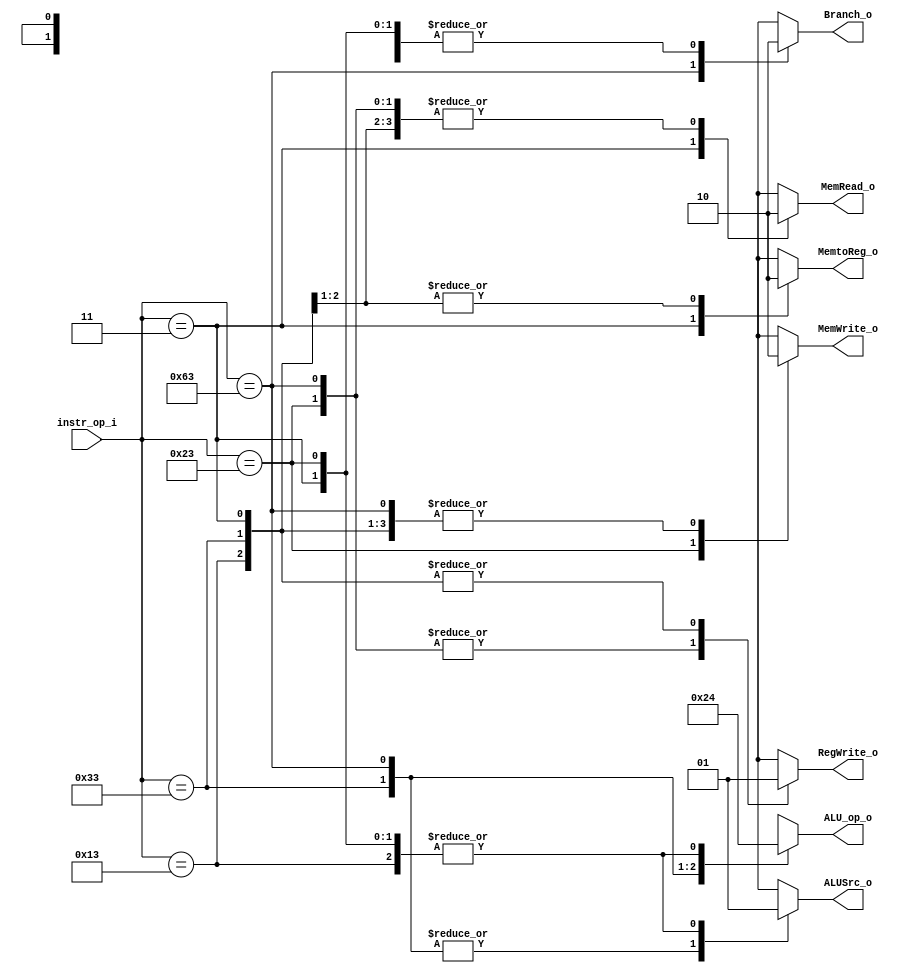
//--------------------------------------------------------------------------------
//Version:     1
//--------------------------------------------------------------------------------
//Writer:      Tzu-teng Weng
//----------------------------------------------
//Date:        
//----------------------------------------------
//Description: Decoder is the "control" in the figure; more information can be seen in textbook chapter 4
//--------------------------------------------------------------------------------

module Decoder(
    instr_op_i,
	RegWrite_o,
	ALU_op_o,
	ALUSrc_o,
	Branch_o,
	MemRead_o,
	MemWrite_o,
	MemtoReg_o
	);
     
//I/O ports
input	[7-1:0]	instr_op_i;
//1 input
output			RegWrite_o;
output	[2-1:0]	ALU_op_o;
output			ALUSrc_o;
output			Branch_o;
output			MemRead_o;
output			MemWrite_o;
output			MemtoReg_o;
//7 outputs 
//Internal Signals
reg	[2-1:0]		ALU_op_o;
reg				ALUSrc_o;
reg				RegWrite_o;
reg				Branch_o;
reg				MemRead_o;
reg				MemWrite_o;
reg				MemtoReg_o;

//Parameter


//Main function
always@(*) begin
    case(instr_op_i)
      7'b0110011:begin  //R-format
      RegWrite_o=1;
      ALU_op_o= 2'b10;
      ALUSrc_o=0;
      Branch_o=0; 
      MemRead_o=0;
      MemWrite_o=0;
      MemtoReg_o=0;
      end
      7'b0000011:begin  //ld
      RegWrite_o=1;
      ALU_op_o= 2'b00;
      ALUSrc_o=1;
      Branch_o=0; 
      MemRead_o=1;
      MemWrite_o=0;
      MemtoReg_o=1;
      end
      7'b0100011:begin  //sd
      RegWrite_o=0;
      ALU_op_o= 2'b00;
      ALUSrc_o=1;
      Branch_o=0; 
      MemRead_o=0;
      MemWrite_o=1;
      MemtoReg_o=1'bx;  //dontcare
      end
      7'b1100011:begin  //beq
      RegWrite_o=0;
      ALU_op_o= 2'b01;
      ALUSrc_o=0;
      Branch_o=1; 
      MemRead_o=0;
      MemWrite_o=0;
      MemtoReg_o=1'bx;
      end
      //addi, slti                    
     7'b0010011:begin  //addi, slti  -->the difference between these two inst is funct3
      RegWrite_o=1;
      ALU_op_o= 2'b00;
      ALUSrc_o=1;
      Branch_o=0; 
      MemRead_o=0;
      MemWrite_o=0;
      MemtoReg_o=0;
      end
      default: begin
       RegWrite_o=1'bx;
      ALU_op_o= 2'bxx;
      ALUSrc_o=1'bx;
      Branch_o=1'bx; 
      MemRead_o=1'bx;
      MemWrite_o=1'bx;
      MemtoReg_o=1'bx;
      end
    endcase
end

endmodule